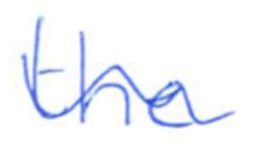
Text: the
Cross-out: wave
Writing tool: ballpoint